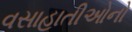
વસાહાતીઓનો